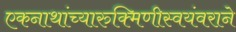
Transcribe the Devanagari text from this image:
एकनाथांच्यारुक्मिणीस्वयंवराने